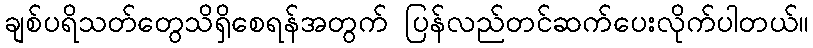
ချစ်ပရိသတ်တွေသိရှိစေရန်အတွက် ပြန်လည်တင်ဆက်ပေးလိုက်ပါတယ်။